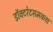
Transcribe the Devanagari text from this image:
डॉक्टरेटसमकक्ष